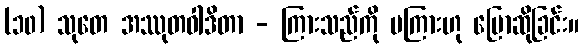
(၁၀) သုတေ အဿုတဝါဒိတာ - ကြားသည်ကို မကြားဟု ပြောဆိုခြင်း။